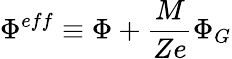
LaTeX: \Phi^{eff}\equiv\Phi+\frac{M}{Ze}\Phi_{G}